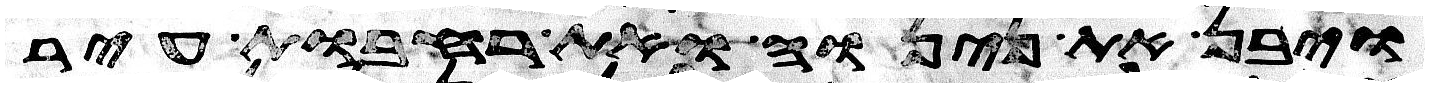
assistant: ויבן את נינוה ואת רחבות עיר